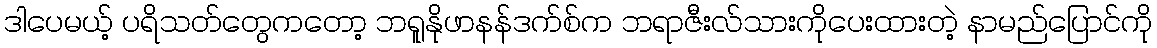
ဒါပေမယ့် ပရိသတ်တွေကတော့ ဘရူနိုဖာနန်ဒက်စ်က ဘရာဇီးလ်သားကိုပေးထားတဲ့ နာမည်ပြောင်ကို